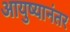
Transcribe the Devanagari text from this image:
आयुष्यानंतर